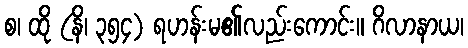
စ၊ ထို (နိ၊ ၃၅၄) ရဟန်းမ၏လည်းကောင်း။ ဂိလာနာယ၊